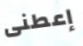
إعطنى